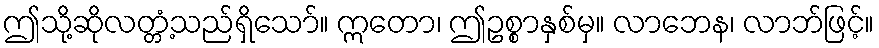
ဤသို့ဆိုလတ္တံ့သည်ရှိသော်။ ဣတော၊ ဤဥစ္စာနှစ်မှ။ လာဘေန၊ လာဘ်ဖြင့်။